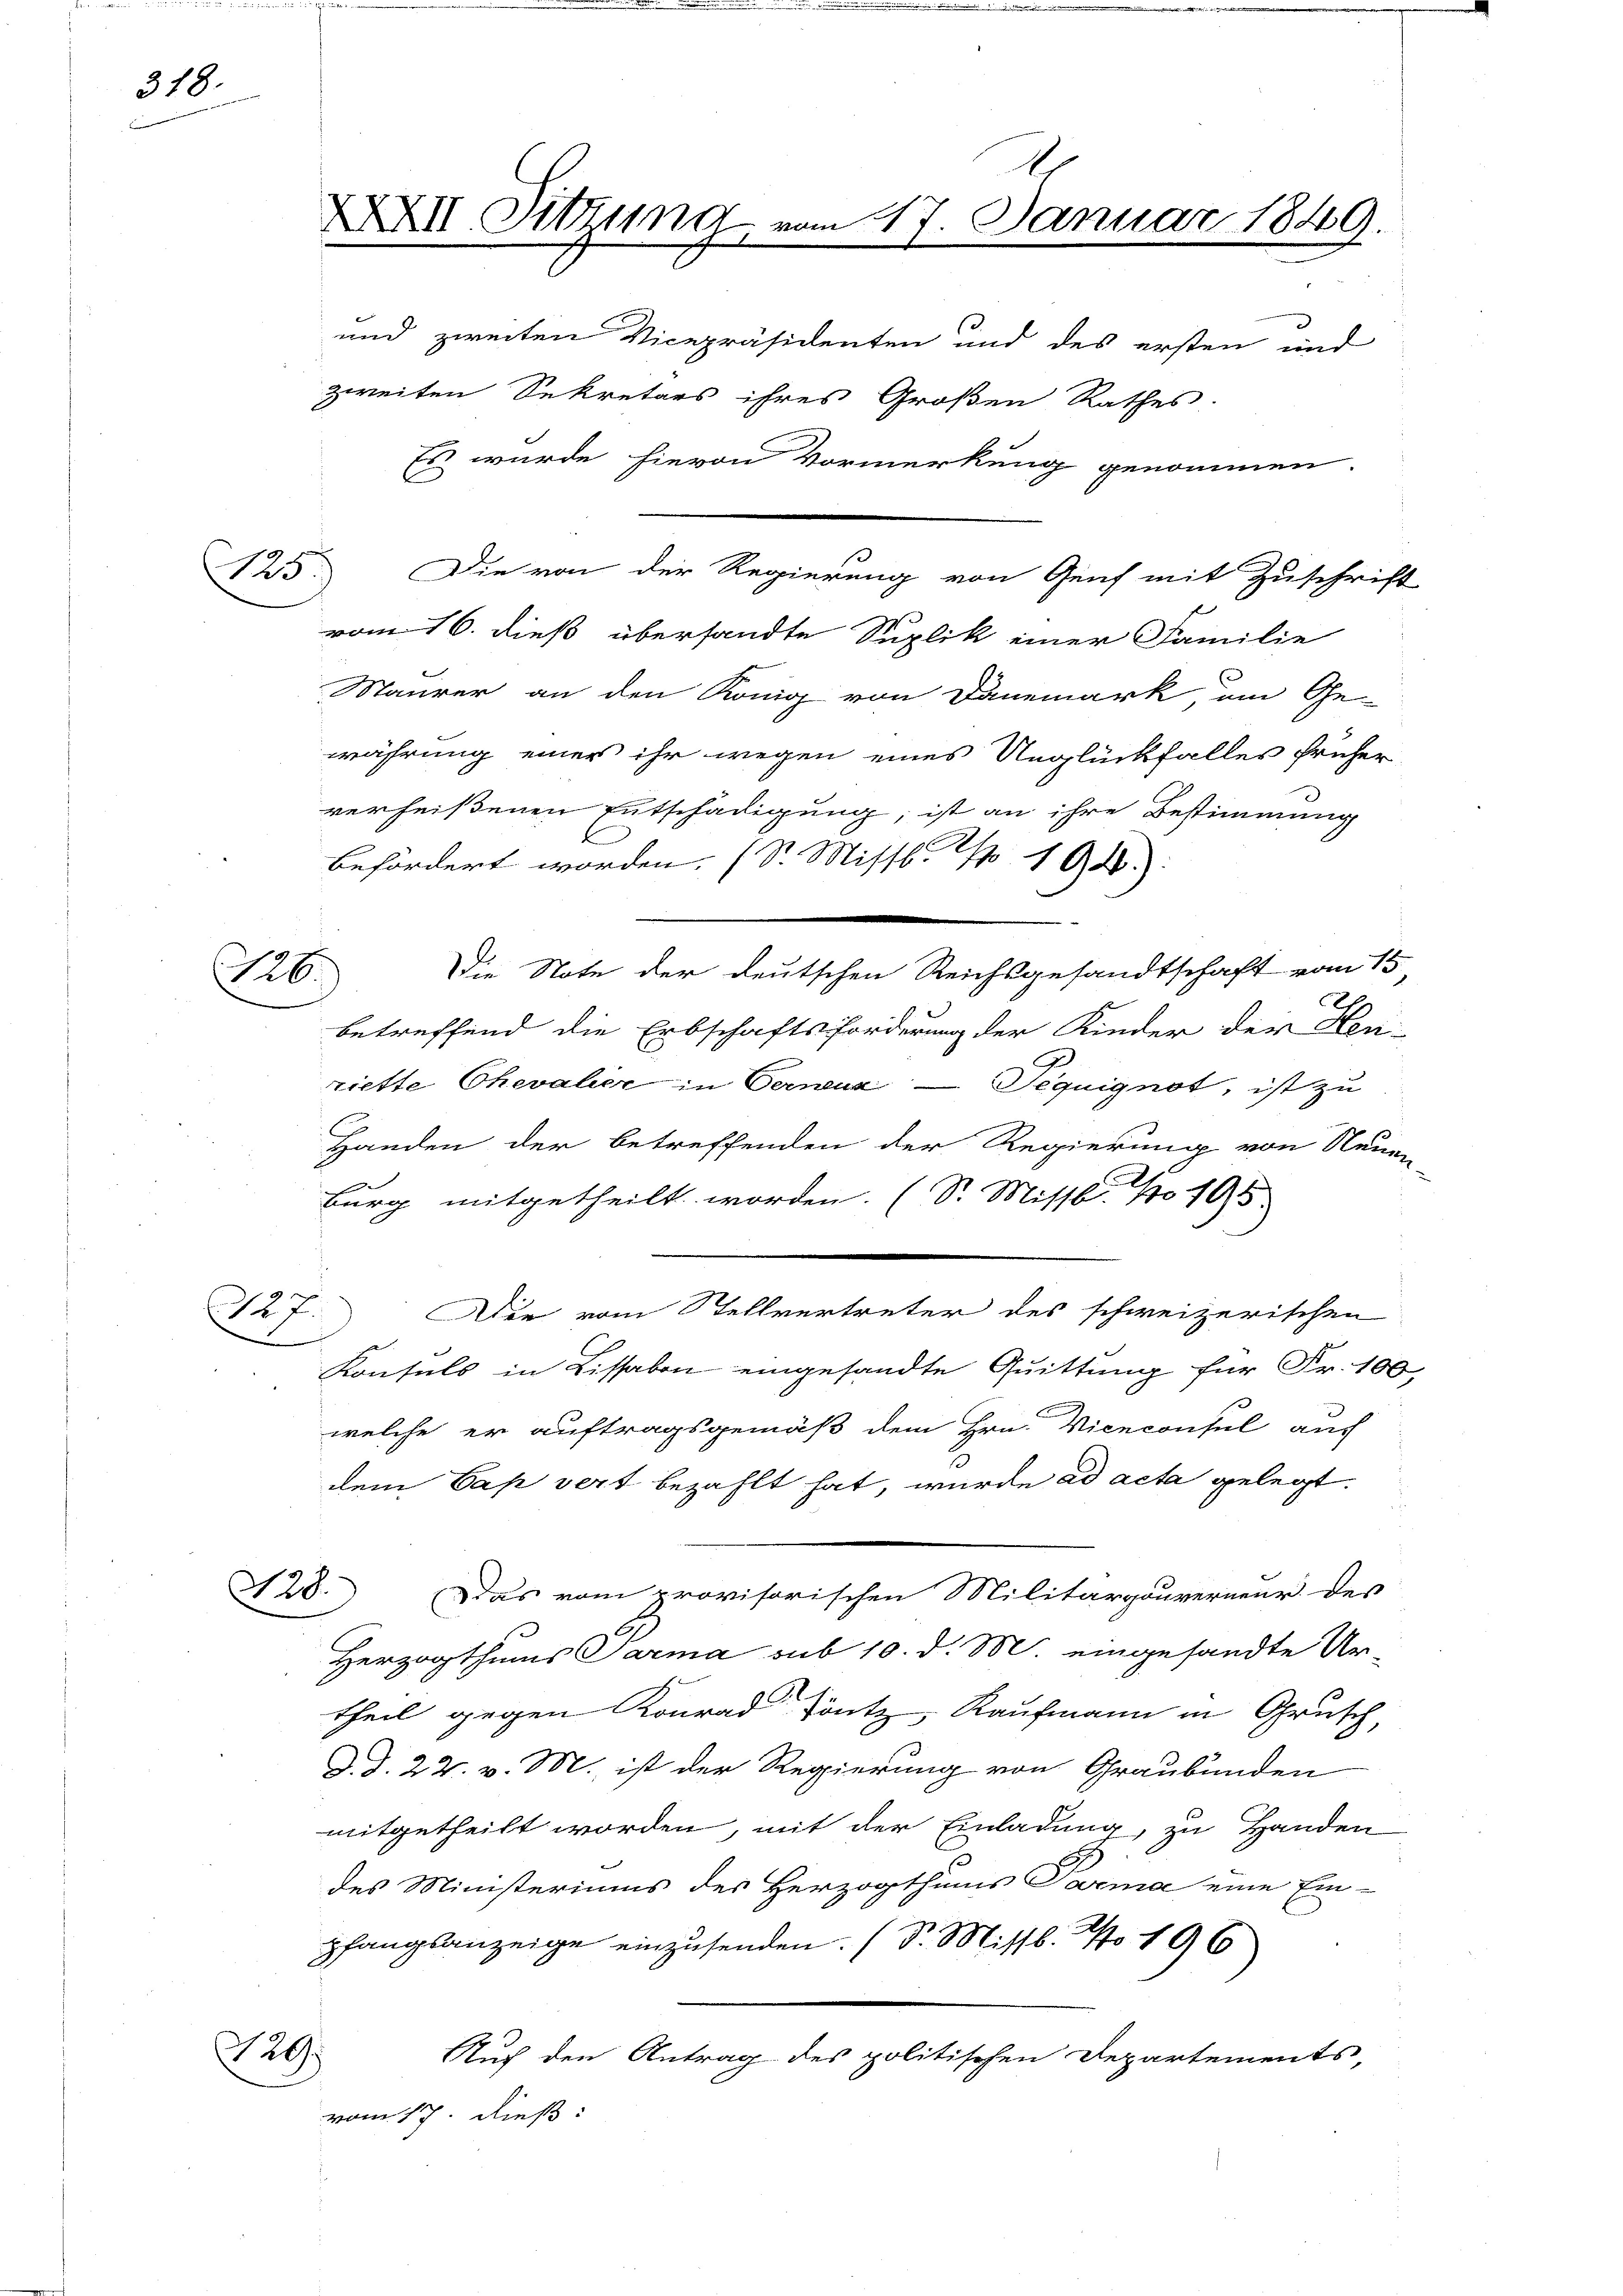
318.

220.

XXII. Sitzung vom 17. Januar 1849.
und zweiten Vicepräsidenten und des ersten und

zweiten Sekretärs ihres Großen Rathes.
Es wurde hievon Vormerkung genommen.
2 Die von der Regierung von Genf mit Zuschrift
vom 16. dieß übersandte Suplik einer Familie
Maurer an den König von Danemark, um Ge-
währung einer ihr wegen eines Unglückfalles früher
verheißenen Entschädigung, ist an ihre Bestimmung
E
befördert worden. (S. Missl. N 194.
Die Note der deutschen Reichsgesandtschaft vom 15
E
betreffend die Erbschaftsforderung der Kinder der Heu-
riette Chevalier in Verneuz — Teguignot, ist zu
Handen der betreffenden der Regierung von Neuen-
.
f
Burg mitgetheilt worden. (S. Missb. No 105.
127
Die vom Stellvertreter des schweizerischen

Konsuls in Lissabon eingesandte Quittung für Fr. 100
welche er auftragsgemäß dem Hrn. Viceconsul auf
dem Cap vert bezahlt hat, wurde ad acta gelegt.
N 28. Das vom provisorischen Militärgouverneur des
2
Herzogthums Parma sub 10. d. M. eingesandte Ur-
Theil gegen Konrad Töntz, Kaufmann in Grusch,
d. d. 22. v. M. ist der Regierung von Graubünden
mitgetheilt worden, mit der Einladung, zu Handen
des Ministeriums des Herzogthums Parma eine Ein-
pfangsanzeige einzusenden. (S. Missb. No 196
129.
Auf den Antrag des politischen Departements,
vom 17. dieß: